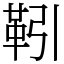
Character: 靷